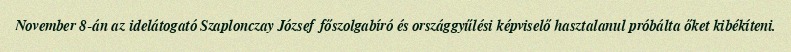
November 8-án az idelátogató Szaplonczay József főszolgabíró és országgyűlési képviselő hasztalanul próbálta őket kibékíteni.